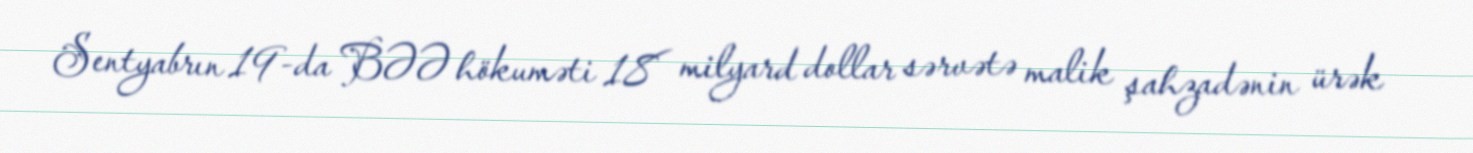
Sentyabrın 19-da BƏƏ hökuməti 18 milyard dollar sərvətə malik şahzadənin ürək